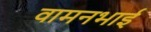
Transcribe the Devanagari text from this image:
वामनभाई